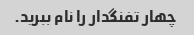
چهار تفنگدار را نام ببرید.